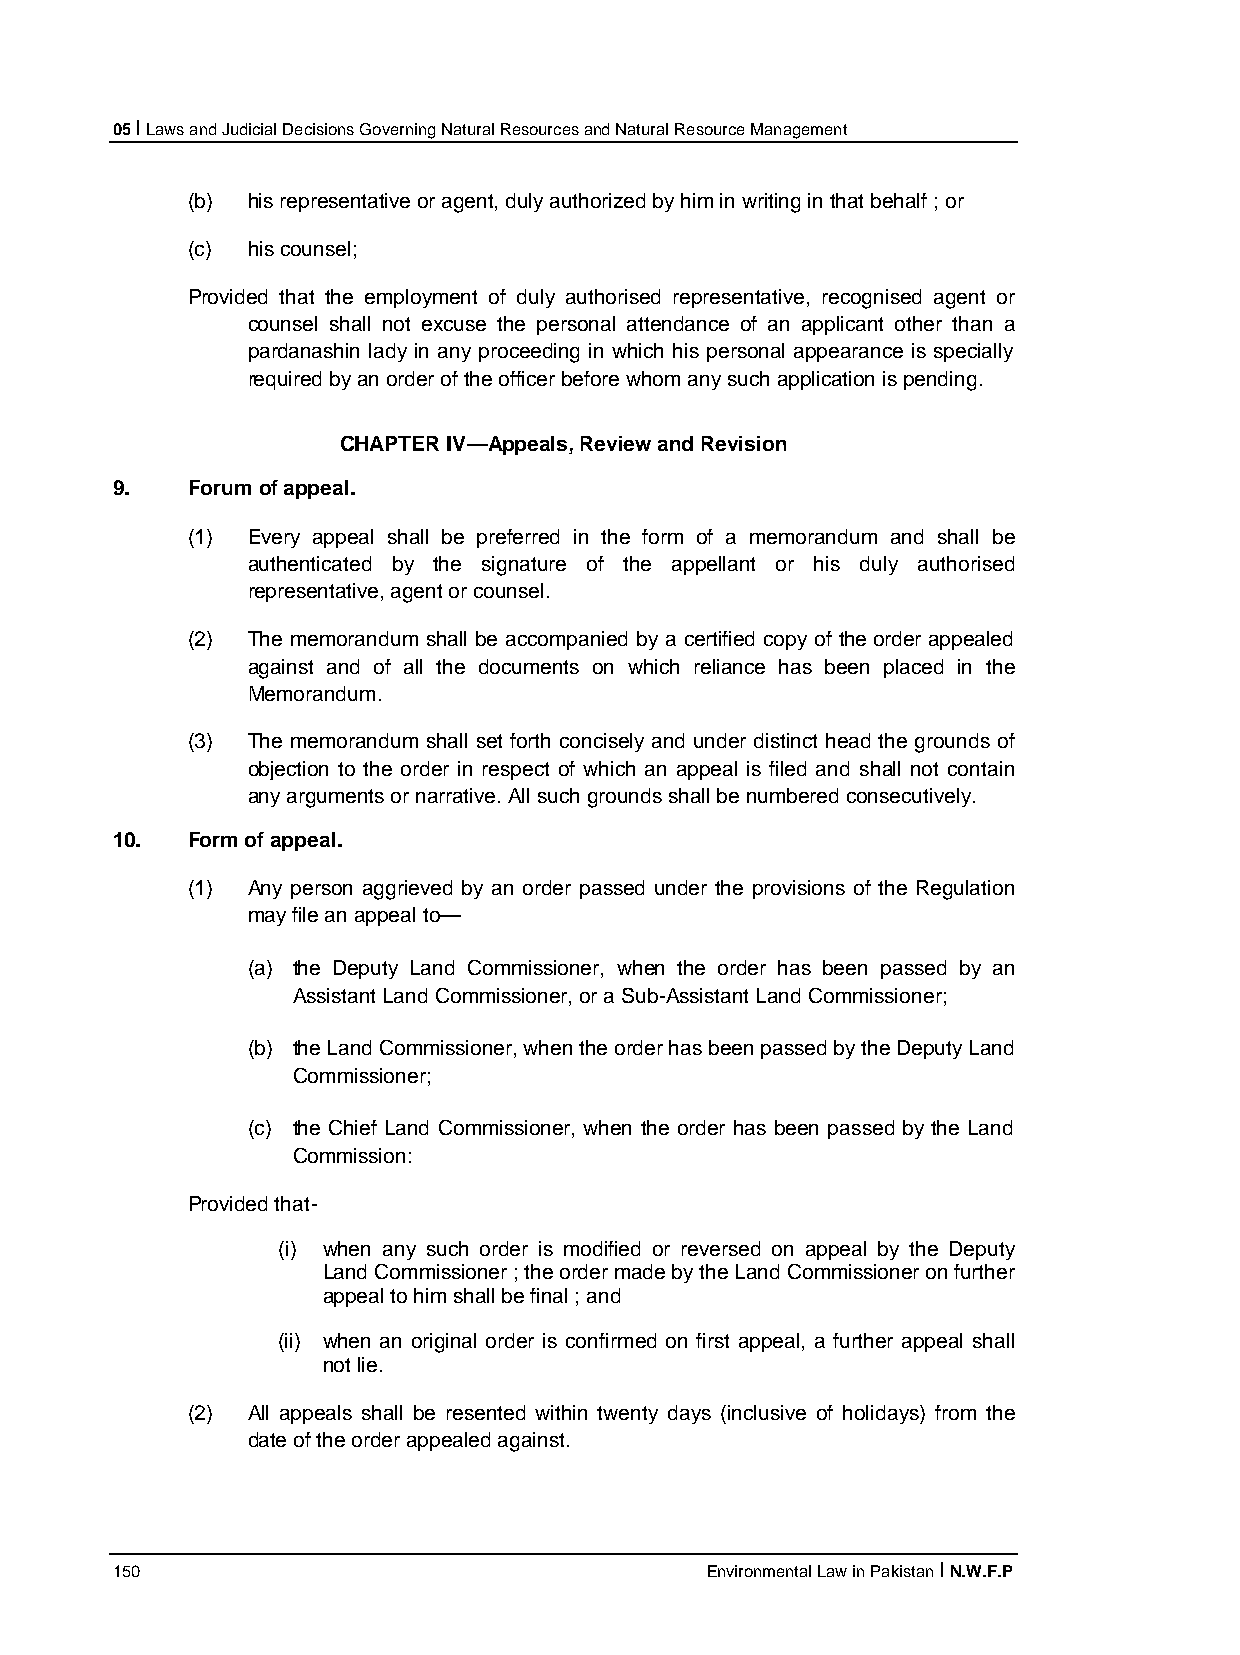
05 I Laws and Judicial Decisions Governing Natural Resources and Natural Resource Management
 (b) his representative or agent, duly authorized by him in writing in that behalf ; or
 (c) his counsel;
 Provided that the employment of duly authorised representative, recognised agent or
 counsel shall not excuse the personal attendance of an applicant other than a
 pardanashin lady in any proceeding in which his personal appearance is specially
 required by an order of the officer before whom any such application is pending.
 CHAPTER IV—Appeals, Review and Revision
 9.   Forum of appeal.
 (1) Every appeal shall be preferred in the form of a memorandum and shall be
 authenticated by the signature of the appellant or his duly authorised
 representative, agent or counsel.
 (2) The memorandum shall be accompanied by a certified copy of the order appealed
 against and of all the documents on which reliance has been placed in the
 Memorandum.
 (3) The memorandum shall set forth concisely and under distinct head the grounds of
 objection to the order in respect of which an appeal is filed and shall not contain
 any arguments or narrative. All such grounds shall be numbered consecutively.
 10.  Form of appeal.
 (1) Any person aggrieved by an order passed under the provisions of the Regulation
 may file an appeal to—
 (a) the Deputy Land Commissioner, when the order has been passed by an
 Assistant Land Commissioner, or a Sub-Assistant Land Commissioner;
 (b) the Land Commissioner, when the order has been passed by the Deputy Land
 Commissioner;
 (c) the Chief Land Commissioner, when the order has been passed by the Land
 Commission:
 Provided that-
 (i) when any such order is modified or reversed on appeal by the Deputy
 Land Commissioner ; the order made by the Land Commissioner on further
 appeal to him shall be final ; and
 (ii) when an original order is confirmed on first appeal, a further appeal shall
 not lie.
 (2) All appeals shall be resented within twenty days (inclusive of holidays) from the
 date of the order appealed against.
 150                                     Environmental Law in Pakistan I N.W.F.P